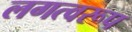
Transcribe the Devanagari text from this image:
लगत्वरूप